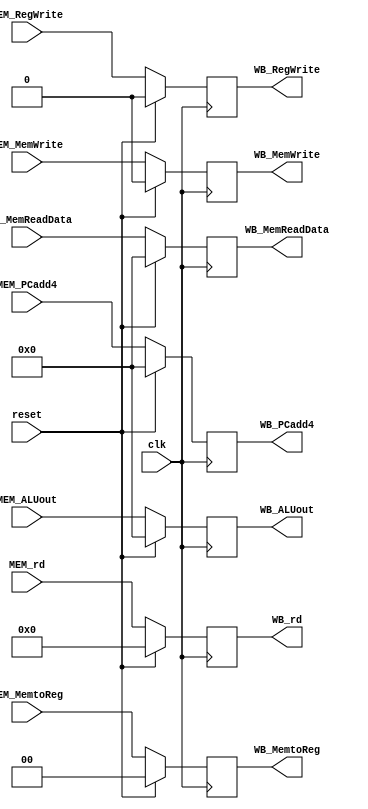
module MEM_WB_reg(
clk,reset,
MEM_RegWrite,MEM_MemtoReg,MEM_ALUout,MEM_MemReadData,MEM_rd,MEM_PCadd4,MEM_MemWrite,
WB_RegWrite,WB_MemtoReg,WB_ALUout,WB_MemReadData,WB_rd,WB_PCadd4,WB_MemWrite
);
input clk,reset;
input MEM_RegWrite;
input [1:0] MEM_MemtoReg;
input [31:0] MEM_ALUout,MEM_MemReadData;
input [4:0] MEM_rd;
input [31:0] MEM_PCadd4;
input MEM_MemWrite;

output reg WB_RegWrite;
output reg [1:0] WB_MemtoReg;
output reg [31:0] WB_ALUout,WB_MemReadData;
output reg [4:0] WB_rd;
output reg [31:0] WB_PCadd4;
output reg WB_MemWrite;

always @(posedge clk)
begin
    if(reset)
    begin
        WB_RegWrite<=0;
        WB_MemtoReg<=2'b00;
        WB_ALUout<=32'h0000;
        WB_MemReadData<=32'h0000;
        WB_rd<=32'h0000;
        WB_PCadd4<=32'h0000;
        WB_MemWrite<=1'b0;
    end
    else
    begin
        WB_RegWrite<=MEM_RegWrite;
        WB_MemtoReg<=MEM_MemtoReg;
        WB_ALUout<=MEM_ALUout;
        WB_MemReadData<=MEM_MemReadData;
        WB_rd<=MEM_rd;
        WB_PCadd4<=MEM_PCadd4;
        WB_MemWrite<=MEM_MemWrite;
    end
end

endmodule